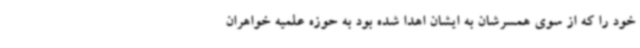
خود را که از سوی همسرشان به ایشان اهدا شده بود به حوزه علمیه خواهران